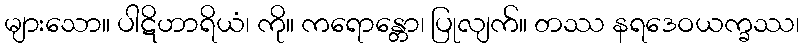
များသော။ ပါဋိဟာရိယံ၊ ကို။ ကရောန္တော၊ ပြုလျက်။ တဿ နရဒေဝယက္ခဿ၊